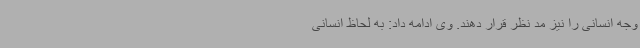
وجه انسانی را نیز مد نظر قرار دهند. وی ادامه داد: به لحاظ انسانی